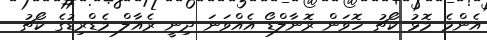
އެންމެ މޮޅު ކޯޗު ހޮވަން ރޮނާލްޑޯ އެއްވަނަ ދިނީ ރެއާލް މެޑްރިޑުގެ ކޯޗު